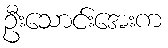
ဦးသောင်းအေးက